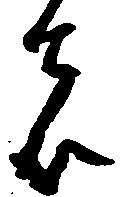
者